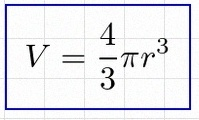
V=\frac43\pi r^3